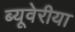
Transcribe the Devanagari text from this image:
ब्‍यूवेरीया